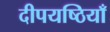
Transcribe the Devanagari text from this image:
दीपयष्ठियाँ